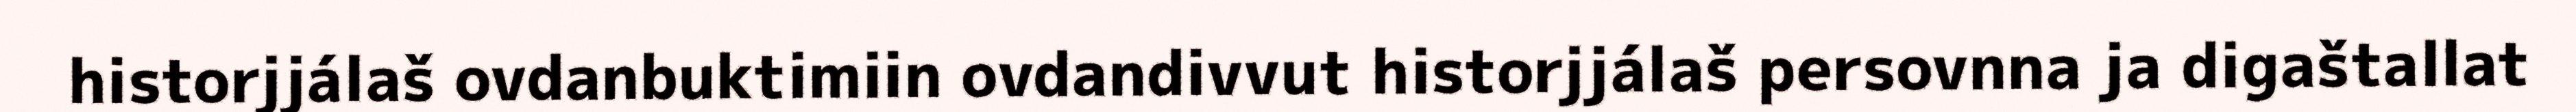
historjjálaš ovdanbuktimiin ovdandivvut historjjálaš persovnna ja digaštallat